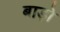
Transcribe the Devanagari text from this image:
बाड़ो